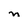
Character: n